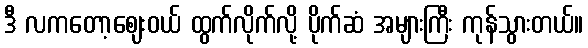
ဒီ လကတော့ဈေးဝယ် ထွက်လိုက်လို့ ပိုက်ဆံ အများကြီး ကုန်သွားတယ်။